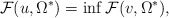
\begin{align*}\mathcal F(u,\Omega^*)= \inf\mathcal F(v,\Omega^*),\end{align*}